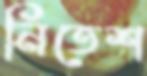
নিতেশ